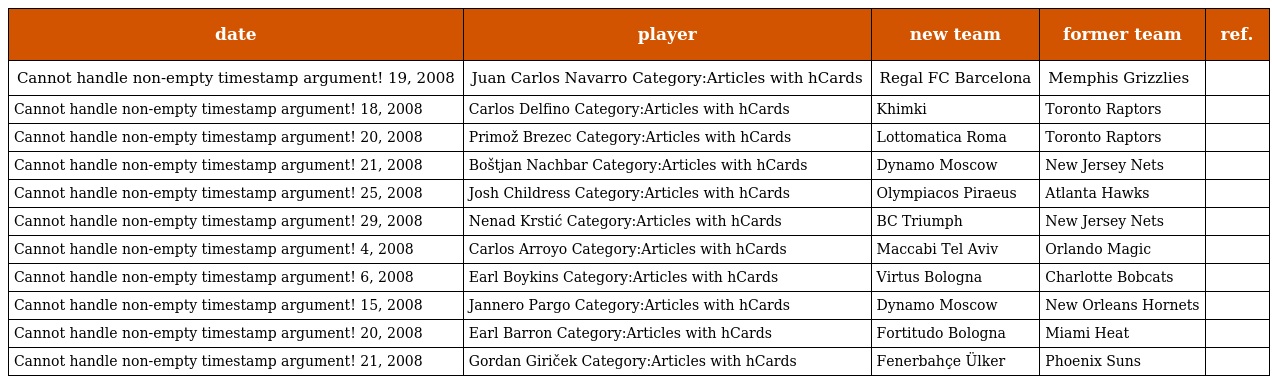
| date | player | new team | former team | ref. |
 | --- | --- | --- | --- | --- |
 | Cannot handle non-empty timestamp argument! 19, 2008 | Juan Carlos Navarro Category:Articles with hCards | Regal FC Barcelona | Memphis Grizzlies |  |
 | Cannot handle non-empty timestamp argument! 18, 2008 | Carlos Delfino Category:Articles with hCards | Khimki | Toronto Raptors |  |
 | Cannot handle non-empty timestamp argument! 20, 2008 | Primož Brezec Category:Articles with hCards | Lottomatica Roma | Toronto Raptors |  |
 | Cannot handle non-empty timestamp argument! 21, 2008 | Boštjan Nachbar Category:Articles with hCards | Dynamo Moscow | New Jersey Nets |  |
 | Cannot handle non-empty timestamp argument! 25, 2008 | Josh Childress Category:Articles with hCards | Olympiacos Piraeus | Atlanta Hawks |  |
 | Cannot handle non-empty timestamp argument! 29, 2008 | Nenad Krstić Category:Articles with hCards | BC Triumph | New Jersey Nets |  |
 | Cannot handle non-empty timestamp argument! 4, 2008 | Carlos Arroyo Category:Articles with hCards | Maccabi Tel Aviv | Orlando Magic |  |
 | Cannot handle non-empty timestamp argument! 6, 2008 | Earl Boykins Category:Articles with hCards | Virtus Bologna | Charlotte Bobcats |  |
 | Cannot handle non-empty timestamp argument! 15, 2008 | Jannero Pargo Category:Articles with hCards | Dynamo Moscow | New Orleans Hornets |  |
 | Cannot handle non-empty timestamp argument! 20, 2008 | Earl Barron Category:Articles with hCards | Fortitudo Bologna | Miami Heat |  |
 | Cannot handle non-empty timestamp argument! 21, 2008 | Gordan Giriček Category:Articles with hCards | Fenerbahçe Ülker | Phoenix Suns |  |